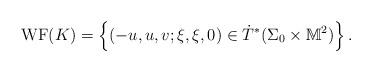
LaTeX: \begin{align*} \mathrm{WF}(K) = \left\{ (-u, u, v; \xi, \xi, 0) \in \dot{T}^{*} (\Sigma_0 \times \mathbb{M}^2) \right\}. \end{align*}